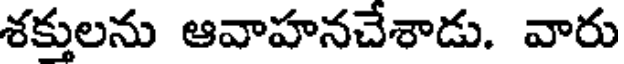
శక్తులను ఆవాహనచేశాడు. వారు